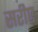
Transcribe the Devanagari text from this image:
सरीए